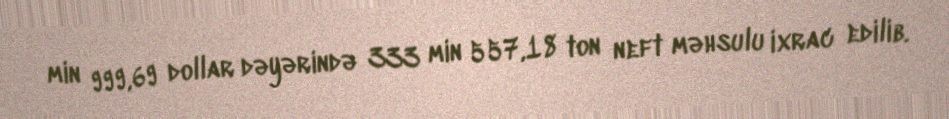
min 999,69 dollar dəyərində 333 min 557,18 ton neft məhsulu ixrac edilib.